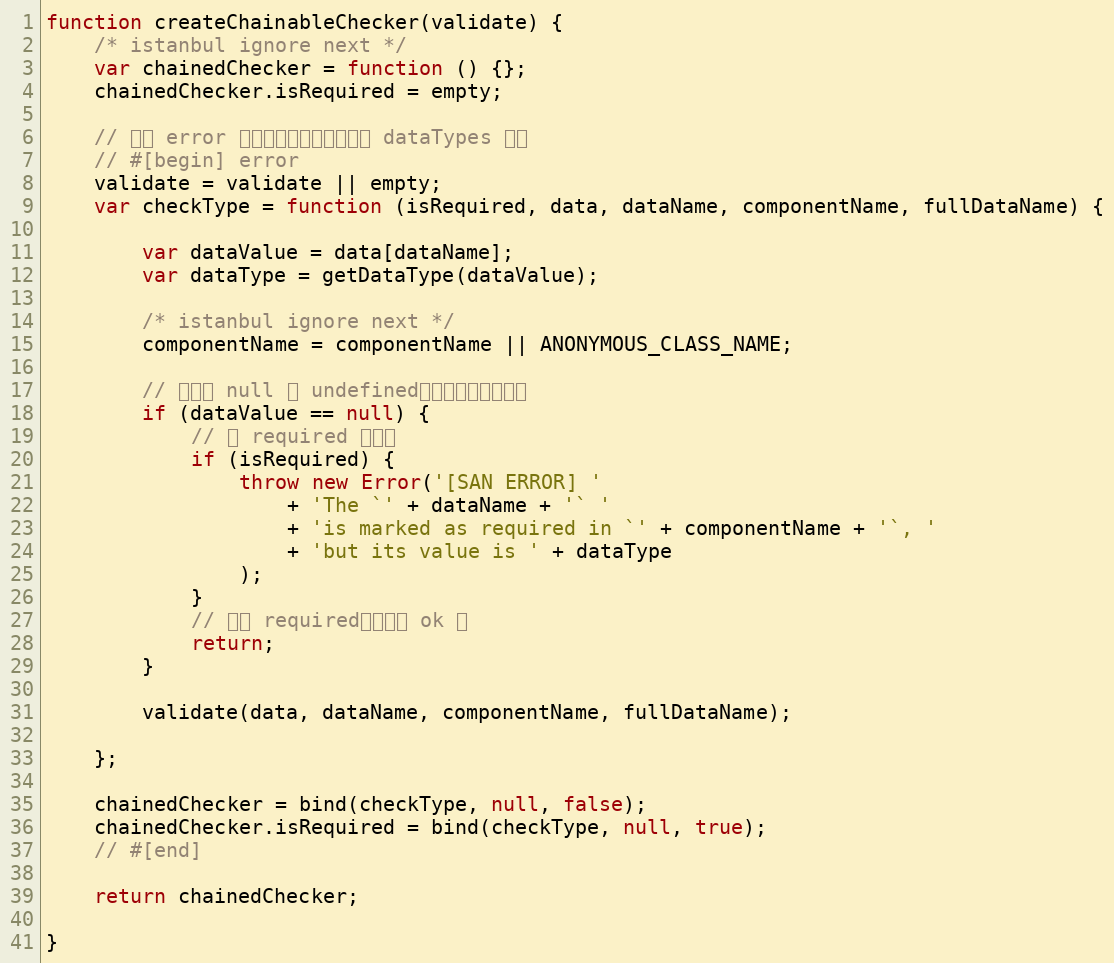
Language: JavaScript
function createChainableChecker(validate) {
    /* istanbul ignore next */
    var chainedChecker = function () {};
    chainedChecker.isRequired = empty;

    // 只在 error 功能启用时才有实际上的 dataTypes 检测
    // #[begin] error
    validate = validate || empty;
    var checkType = function (isRequired, data, dataName, componentName, fullDataName) {

        var dataValue = data[dataName];
        var dataType = getDataType(dataValue);

        /* istanbul ignore next */
        componentName = componentName || ANONYMOUS_CLASS_NAME;

        // 如果是 null 或 undefined，那么要提前返回啦
        if (dataValue == null) {
            // 是 required 就报错
            if (isRequired) {
                throw new Error('[SAN ERROR] '
                    + 'The `' + dataName + '` '
                    + 'is marked as required in `' + componentName + '`, '
                    + 'but its value is ' + dataType
                );
            }
            // 不是 required，那就是 ok 的
            return;
        }

        validate(data, dataName, componentName, fullDataName);

    };

    chainedChecker = bind(checkType, null, false);
    chainedChecker.isRequired = bind(checkType, null, true);
    // #[end]

    return chainedChecker;

}